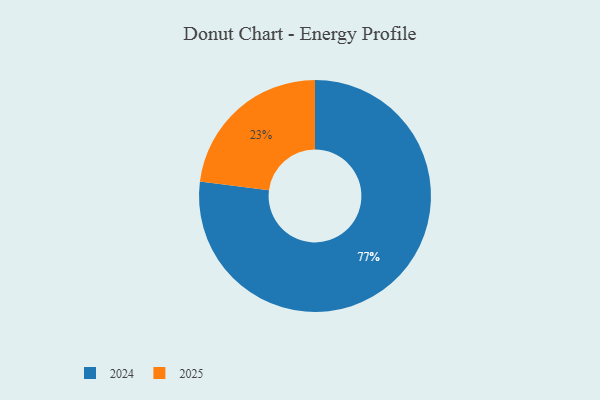
{"axis": {"x": "Category", "y": "Percentage"}, "legend": ["2024", "2025"], "data": [{"x": "2025", "y": 23, "type": "2025"}, {"x": "2024", "y": 77, "type": "2024"}]}